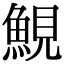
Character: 𩷪